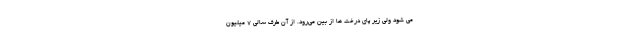
می شود ولی زیر پای درخت ها از بین می‌رود. از آن طرف سالی 7 میلیون